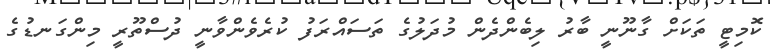
ކޮމިޓީ ތަކަށް ގާނޫނީ ބާރު ލިބެންދެން މުދަލުގެ ތަސައްރަފު ކުރެވެންވާނީ ދުސްތޫރީ މިންގަނޑުގެ